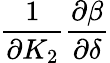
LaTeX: \frac{1}{\partial{K_{2}}}\frac{\partial{\beta}}{\partial\delta}